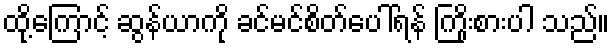
ထို့ကြောင့် ဆွန်ယာကို ခင်မင်စိတ်ပေါ်ရန် ကြိုးစားပါ သည်။